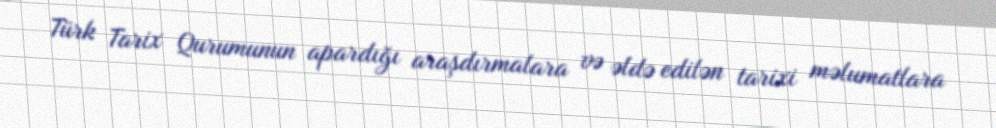
Türk Tarix Qurumunun apardığı araşdırmalara və əldə edilən tarixi məlumatlara